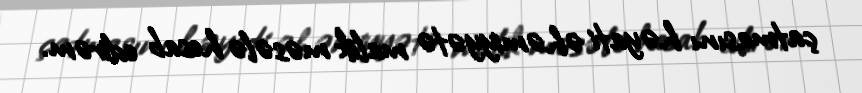
çatmasını həyati əhəmiyyətə malik məsələ hesab edirəm.